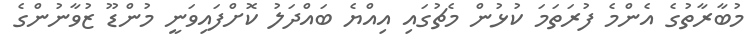
މުބާރާތުގެ އެންމެ ފުރަތަމަ ކުޅުން މެޗުގައި އިއްޔެ ބައްދަލު ކޮށްފައިވަނީ މުންޑޫ ޒުވާނުންގެ